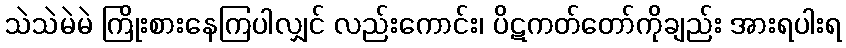
သဲသဲမဲမဲ ကြိုးစားနေကြပါလျှင် လည်းကောင်း၊ ပိဋကတ်တော်ကိုချည်း အားရပါးရ